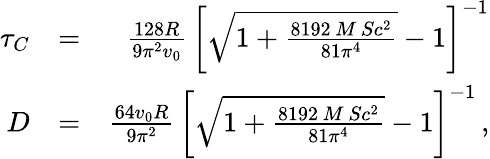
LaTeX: \begin{array}{rlr}{\tau_{C}}&{=}&{{\frac{128R}{9\pi^{2}v_{0}}}\, \left[\sqrt{1+{\frac{8192\, M\, Sc^{2}}{81\pi^{4}}}}-1\right]^{-1}}\\ {D}&{=}&{{\frac{64v_{0}R}{9\pi^{2}}}\, \left[\sqrt{1+{\frac{8192\, M\, Sc^{2}}{81\pi^{4}}}}-1\right]^{-1}\, ,}\end{array}